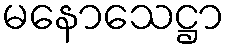
မနောသေဋ္ဌာ